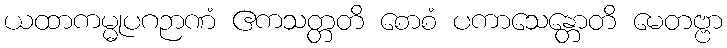
ယထာကမ္မုပဂဉာဏံ ဧကသတ္တတိ စောစံ ပကာသေန္တောတိ မေတဗ္ဗာ